Report of an investigation into the causes of the diseases known in Assam as Kála-Azár and Beri-Beri
Disease focus: Beri-Beri
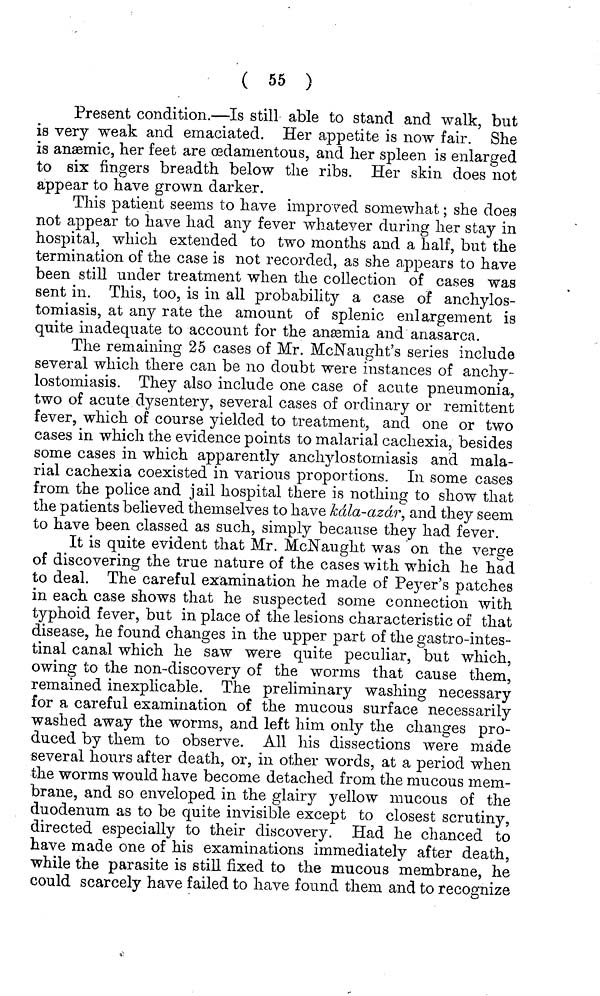
( 55 )
Present condition.—Is still able to stand and walk, but
is very weak and emaciated. Her appetite is now fair. She
is anæmic, her feet are œdamentous, and her spleen is enlarged
to six fingers breadth below the ribs. Her skin does not
appear to have grown darker.
This patient seems to have improved somewhat; she does
not appear to have had any fever whatever during her stay in
hospital, which extended to two months and a half, but the
termination of the case is not recorded, as she appears to have
been still under treatment when the collection of cases was
sent in. This, too, is in all probability a case of anchylos-
tomiasis, at any rate the amount of splenic enlargement is
quite inadequate to account for the anæmia and anasarca.
The remaining 25 cases of Mr. McNaught's series include
several which there can be no doubt were instances of anchy-
lostomiasis. They also include one case of acute pneumonia,
two of acute dysentery, several cases of ordinary or remittent
fever, which of course yielded to treatment, and one or two
cases in which the evidence points to malarial cachexia, besides
some cases in which apparently anchylostomiasis and mala-
rial cachexia coexisted in various proportions. In some cases
from the police and jail hospital there is nothing to show that
the patients believed themselves to have kála-azár, and they seem
to have been classed as such, simply because they had fever.
It is quite evident that Mr. McNaught was on the verge
of discovering the true nature of the cases with which he had
to deal. The careful examination he made of Peyer's patches
in each case shows that he suspected some connection with
typhoid fever, but in place of the lesions characteristic of that
disease, he found changes in the upper part of the gastro-intes-
tinal canal which he saw were quite peculiar, but which,
owing to the non-discovery of the worms that cause them,
remained inexplicable. The preliminary washing necessary
for a careful examination of the mucous surface necessarily
washed away the worms, and left him only the changes pro-
duced by them to observe. All his dissections were made
several hours after death, or, in other words, at a period when
the worms would have become detached from the mucous mem-
brane, and so enveloped in the glairy yellow mucous of the
duodenum as to be quite invisible except to closest scrutiny,
directed especially to their discovery. Had he chanced to
have made one of his examinations immediately after death,
while the parasite is still fixed to the mucous membrane, he
could scarcely have failed to have found them and to recognize